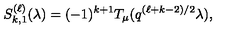
S _ { k , 1 } ^ { ( \ell ) } ( \lambda ) = ( - 1 ) ^ { k + 1 } T _ { \mu } ( q ^ { ( \ell + k - 2 ) / 2 } \lambda ) ,